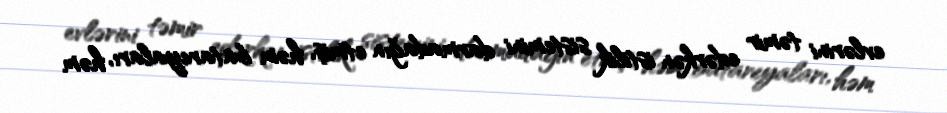
evlərini təmir edərkən istilik sistemini darmadağın etmiş, həm batareyaları, həm